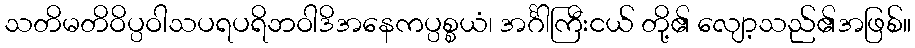
သတိမတိဝိပ္ပဝါသပရပရိဘဝါဒိအနေကပ္ပစ္စယံ၊ အင်္ဂါကြီးငယ် တို့၏ လျော့သည်၏အဖြစ်။